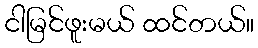
ငါမြင်ဖူးမယ် ထင်တယ်။